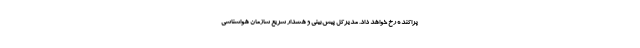
پراکنده رخ خواهد داد. مدیرکل پیش‌بینی و هشدار سریع سازمان هواشناسی